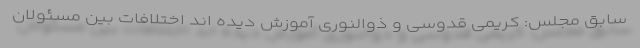
سابق مجلس: کریمی قدوسی و ذوالنوری آموزش دیده اند اختلافات بین مسئولان